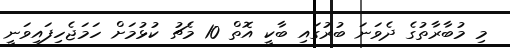
މި މުބާރާތުގެ ދެވަނަ ބުރުގައި ބާކީ އޮތް 10 މެޗު ކުޅުމަށް ހަމަޖެހިފައިވަނީ